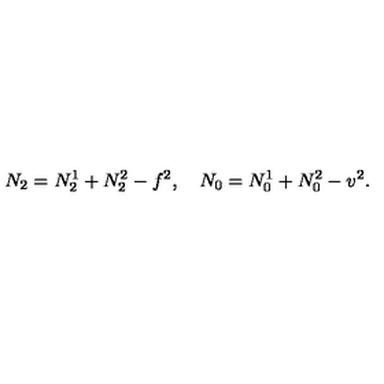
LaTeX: N _ { 2 } = N _ { 2 } ^ { 1 } + N _ { 2 } ^ { 2 } - f ^ { 2 } , \quad N _ { 0 } = N _ { 0 } ^ { 1 } + N _ { 0 } ^ { 2 } - v ^ { 2 } .